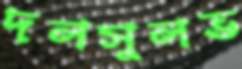
দলসুলভ